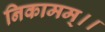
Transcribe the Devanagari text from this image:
निकामम्।।